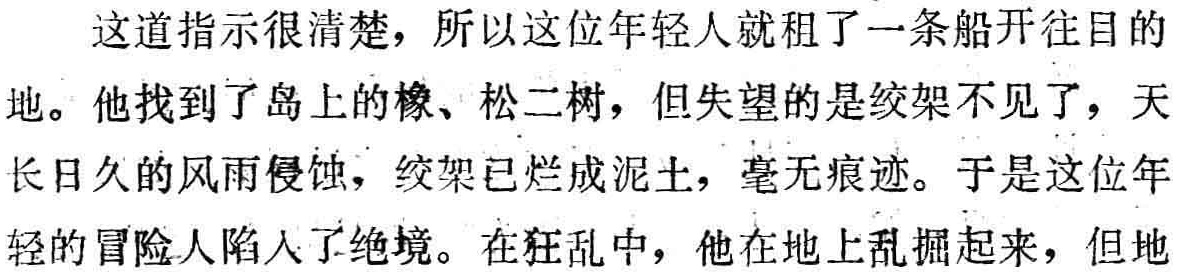
这道指示很清楚，所以这位年轻人就租了一条船开往目的地。他找到了岛上的橡、松二树，但失望的是绞架不见了，天长日久的风雨侵蚀，绞架已烂成泥土，毫无痕迹。于是这位年轻的冒险家陷入了绝境。在狂乱中，他在地上乱掘起来，但地